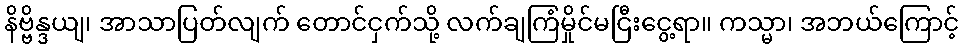
နိဗ္ဗိန္ဒယျ၊ အာသာပြတ်လျက် တောင်ငှက်သို့ လက်ချကြံမှိုင်မငြီးငွေ့ရာ။ ကသ္မာ၊ အဘယ်ကြောင့်